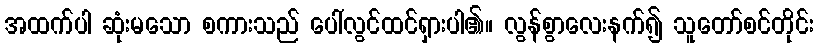
အထက်ပါ ဆုံးမသော စကားသည် ပေါ်လွင်ထင်ရှားပါ၏။ လွန်စွာလေးနက်၍ သူတော်စင်တိုင်း